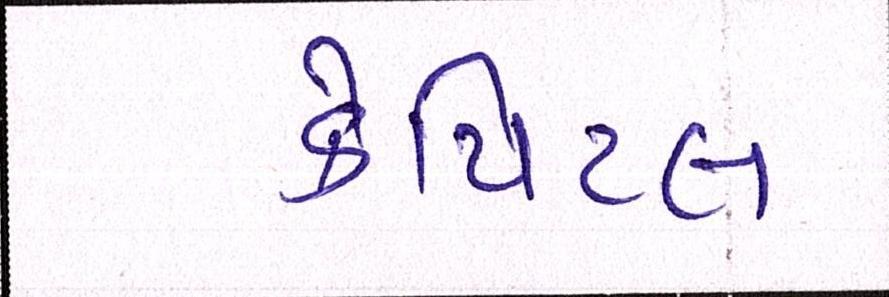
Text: કેપિટલ